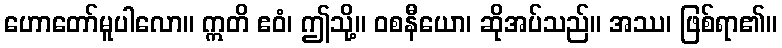
ဟောတော်မူပါလော။ ဣတိ ဧဝံ၊ ဤသို့။ ဝစနီယော၊ ဆိုအပ်သည်။ အဿ၊ ဖြစ်ရာ၏။